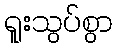
ရူးသွပ်စွာ